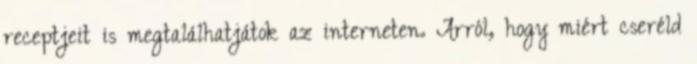
receptjeit is megtalálhatjátok az interneten. Arról, hogy miért cseréld